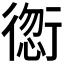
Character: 𲀠